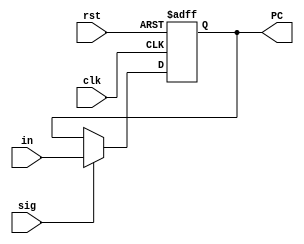
module PCUnit(in,PC,clk,sig,rst);
    output reg [31:0] PC;
    input [31:0] in;
    input clk;
    input sig;
    input rst;

    initial
    begin
        PC = 32'h0000_000;
    end
    always@(negedge clk or posedge rst)
	begin
        if (rst)
        begin
            PC = 32'h0000_000;
        end
		else if (sig)
            begin
                PC = in;
            end
    end
endmodule